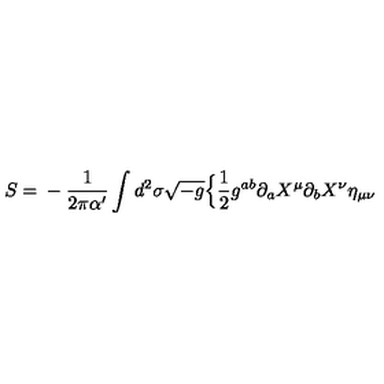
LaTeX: S = { } - { \frac { 1 } { 2 \pi \alpha ^ { \prime } } } \int d ^ { 2 } \sigma \sqrt { - g } \Bigl \{ { \frac { 1 } { 2 } } g ^ { a b } \partial _ { a } X ^ { \mu } \partial _ { b } X ^ { \nu } \eta _ { \mu \nu }